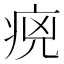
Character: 𤵻